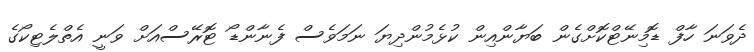
ދެވަނަ ހާފް ޑޮމިނޭޓްކޮށްގެން ބަޔާންއިން ކުޅެމުންދިޔަ ނަމަވެސް ފެނާންޑޯ ޓޮރޭސްއަށް ވަނީ އެތްލެޓިކޯގެ